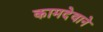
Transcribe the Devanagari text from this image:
कामदेवाने